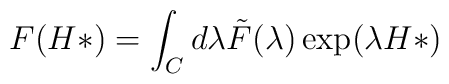
F(H*)=\int_{C} d\lambda \tilde{F} (\lambda)  \exp(\lambda H*)